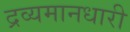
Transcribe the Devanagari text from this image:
द्रव्यमानधारी